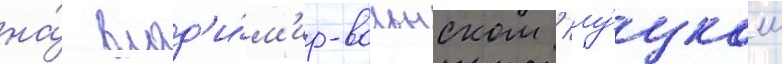
на́ влад'и́м'ир-волынском / лу́цком